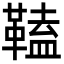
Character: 𩌍